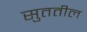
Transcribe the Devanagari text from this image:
सुततील